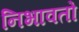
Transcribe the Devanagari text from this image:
निभावतो